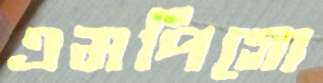
এমপিগো